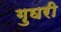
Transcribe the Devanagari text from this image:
गुघरी